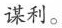
谋利。